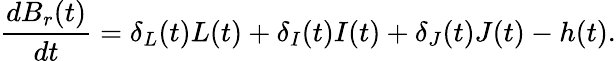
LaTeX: \frac{dB_{r}(t)}{dt}=\delta_{L}(t)L(t)+\delta_{I}(t)I(t)+\delta_{J}(t)J(t)-h(t).